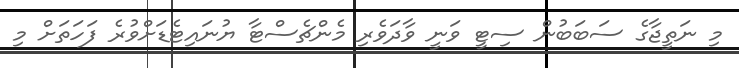
މި ނަތީޖާގެ ސަބަބުން ސިޓީ ވަނީ ވާދަވެރި މެންޗެސްޓާ ޔުނައިޓެޑަށްވުރެ ފަހަތަށް މި